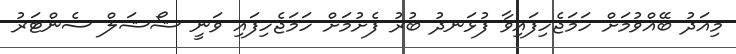
މިއަދު ބޭއްވުމަށް ހަމަޖެހިފައިވާ ފުޅަނދު ބުރު ފެށުމަށް ހަމަޖެހިފައި ވަނީ ޝޯޝަލް ސެންޓަރު